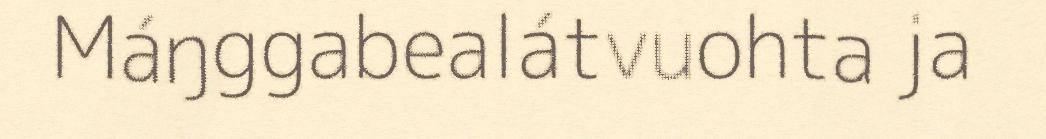
Máŋggabealátvuohta ja